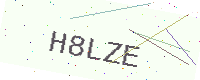
Text: H8LZE